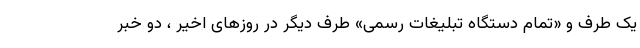
یک طرف و «تمام دستگاه تبلیغات رسمی» طرف دیگر در روزهای اخیر ، دو خبر